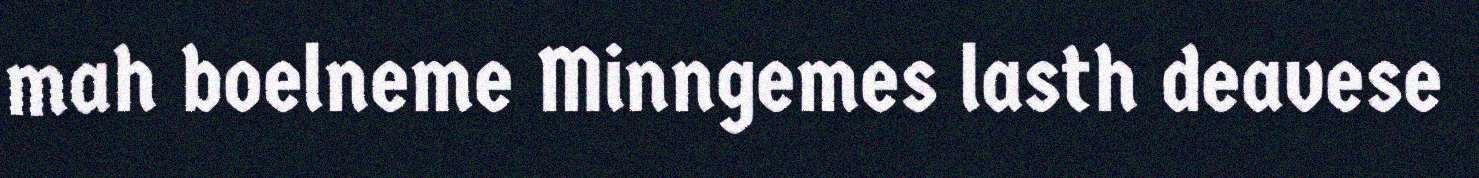
mah boelneme Minngemes lasth deavese